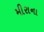
મીરાના